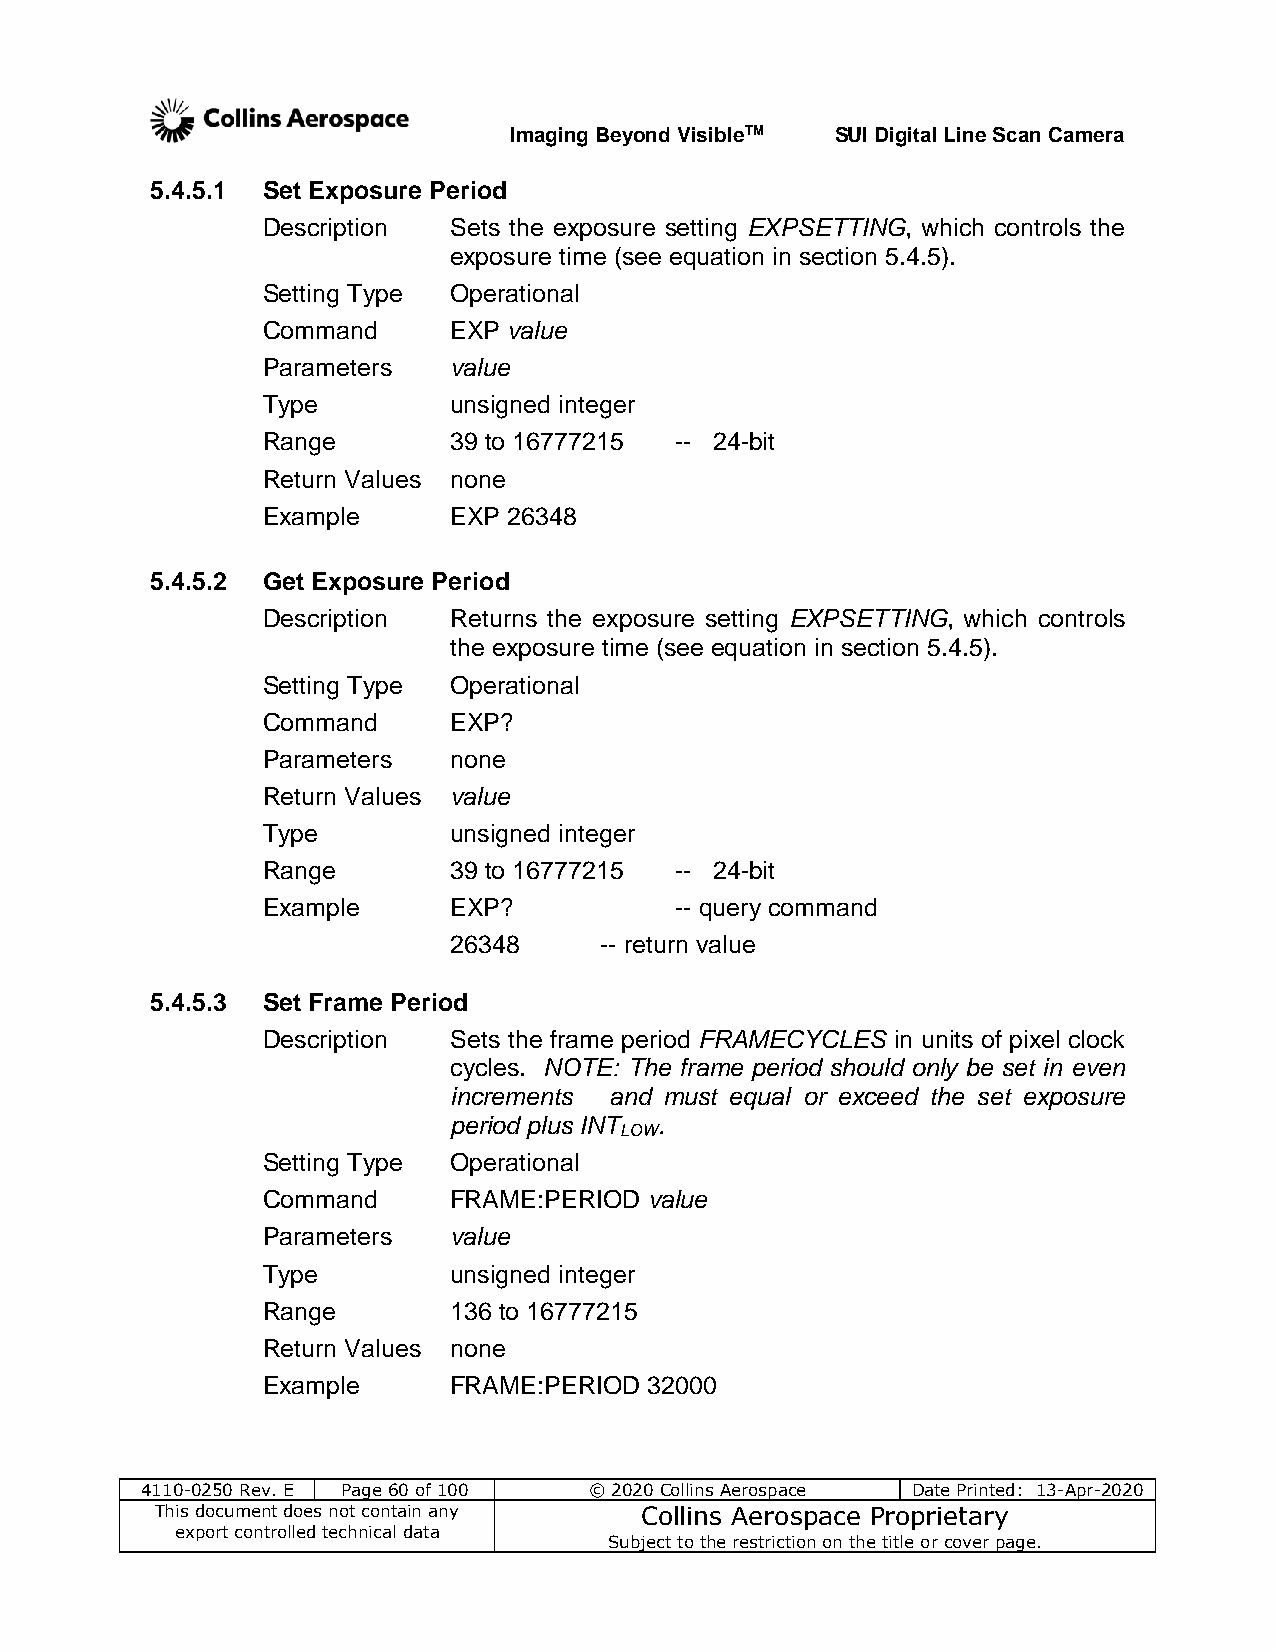
Imaging Beyond VisibleTM SUI Digital Line Scan Camera
 5.4.5.1 Set Exposure Period
 Description  Sets the exposure setting EXPSETTING, which controls the
 exposure time (see equation in section 5.4.5).
 Setting Type Operational
 Command      EXP value
 Parameters   value
 Type         unsigned integer
 Range        39 to 16777215 -- 24-bit
 Return Values none
 Example      EXP 26348
 5.4.5.2 Get Exposure Period
 Description  Returns the exposure setting EXPSETTING, which controls
 the exposure time (see equation in section 5.4.5).
 Setting Type Operational
 Command      EXP?
 Parameters   none
 Return Values value
 Type         unsigned integer
 Range        39 to 16777215 -- 24-bit
 Example      EXP?           -- query command
 26348     -- return value
 5.4.5.3 Set Frame Period
 Description  Sets the frame period FRAMECYCLES in units of pixel clock
 cycles. NOTE: The frame period should only be set in even
 increments and must equal or exceed the set exposure
 period plus INT .
 LOW
 Setting Type Operational
 Command      FRAME:PERIOD value
 Parameters   value
 Type         unsigned integer
 Range        136 to 16777215
 Return Values none
 Example      FRAME:PERIOD 32000
 4110-0250 Rev. E Page 60 of 100 © 2020 Collins Aerospace Date Printed: 13-Apr-2020
 This document does not contain any Collins Aerospace Proprietary
 export controlled technical data
 Subject to the restriction on the title or cover page.